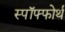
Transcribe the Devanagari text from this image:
स्पॉफ्फोर्थ